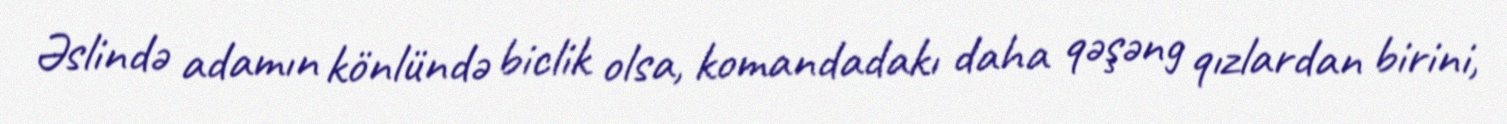
Əslində adamın könlündə biclik olsa, komandadakı daha qəşəng qızlardan birini,